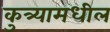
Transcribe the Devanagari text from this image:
कुत्र्यामधील